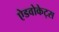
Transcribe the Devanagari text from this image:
ऐडवोकेट्स